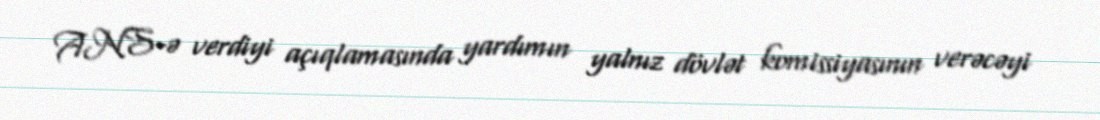
ANS-ə verdiyi açıqlamasında yardımın yalnız dövlət komissiyasının verəcəyi